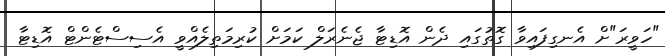
"ހަވީރަ"ށް އެނގިފައިވާ ގޮތުގައި ދެން އޮޑިޓާ ޖެނެރަލް ކަމަށް ކުރިމަތިލެއްވީ އެސިސްޓެންޓް އޮޑިޓާ